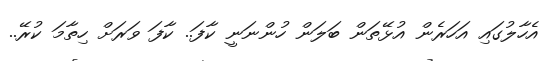
އެހާލުގައި އަހަރެން އުޅޭތަން ބަލަން ހުންނަނީ ކާފަ.. ކާފަ ވަރަށް ހިތާމަ ކުރޭ..